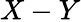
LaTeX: X-Y